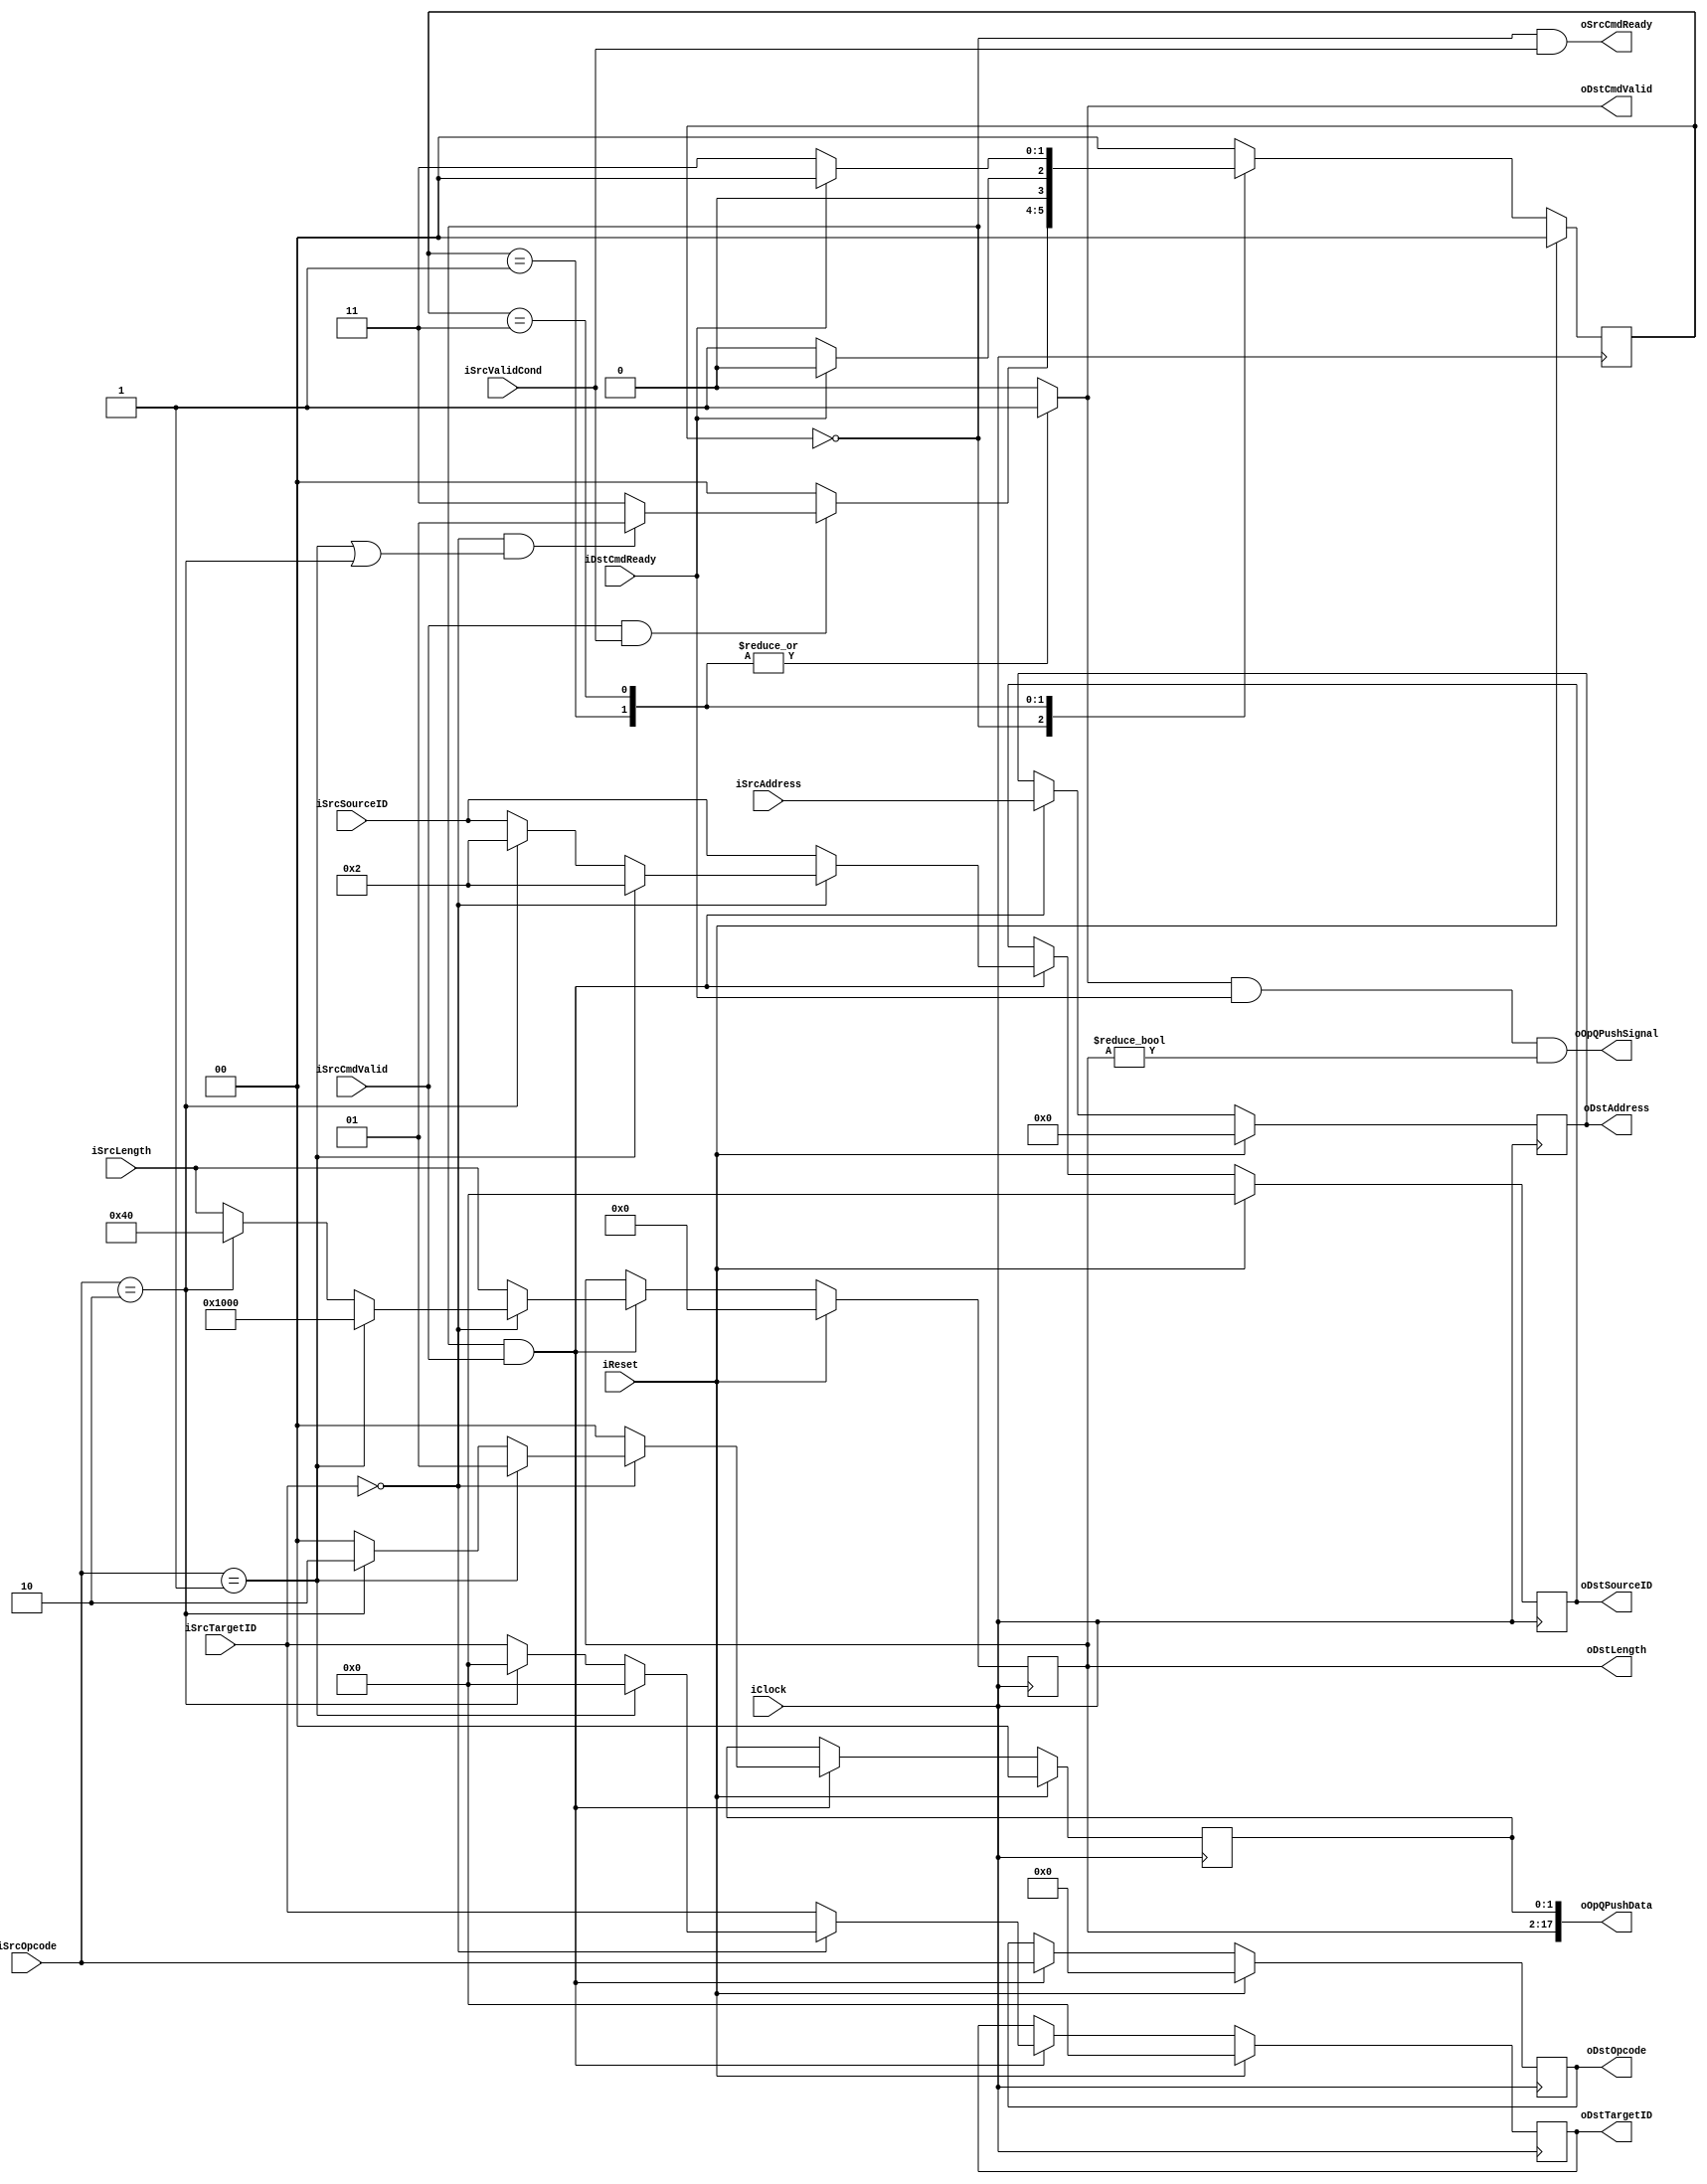
module BCHEncoderCommandChannel
#
(
    parameter AddressWidth          = 32    ,
    parameter DataWidth             = 32    ,
    parameter InnerIFLengthWidth    = 16    ,
    parameter ThisID                = 2
)
(
    iClock          ,
    iReset          ,
    iSrcOpcode      ,
    iSrcTargetID    ,
    iSrcSourceID    ,
    iSrcAddress     ,
    iSrcLength      ,
    iSrcCmdValid    ,
    oSrcCmdReady    ,
    oOpQPushSignal  ,
    oOpQPushData    ,
    oDstOpcode      ,
    oDstTargetID    ,
    oDstSourceID    ,
    oDstAddress     ,
    oDstLength      ,
    oDstCmdValid    ,
    iDstCmdReady    ,
    iSrcValidCond
);

    input                               iClock          ;
    input                               iReset          ;
    
    // Master side
    input   [5:0]                       iSrcOpcode      ;
    input   [4:0]                       iSrcTargetID    ;
    input   [4:0]                       iSrcSourceID    ;
    input   [AddressWidth - 1:0]        iSrcAddress     ;
    input   [InnerIFLengthWidth - 1:0]  iSrcLength      ;
    input                               iSrcCmdValid    ;
    output                              oSrcCmdReady    ;
    
    output                              oOpQPushSignal  ;
    output  [InnerIFLengthWidth+2-1:0]  oOpQPushData    ;
    
    // Slave side
    output  [5:0]                       oDstOpcode      ;
    output  [4:0]                       oDstTargetID    ;
    output  [4:0]                       oDstSourceID    ;
    output  [AddressWidth - 1:0]        oDstAddress     ;
    output  [InnerIFLengthWidth - 1:0]  oDstLength      ;
    output                              oDstCmdValid    ;
    input                               iDstCmdReady    ;
    
    input                               iSrcValidCond   ;
    
    reg     [5:0]                       rOpcode         ;
    reg     [4:0]                       rTargetID       ;
    reg     [4:0]                       rSourceID       ;
    reg     [AddressWidth - 1:0]        rAddress        ;
    reg     [InnerIFLengthWidth - 1:0]  rLength         ;
    reg                                 rDstCValid      ;
    
    reg     [1:0]                       rOpType         ;
    
    assign oDstOpcode       = rOpcode       ;
    assign oDstTargetID     = rTargetID     ;
    assign oDstSourceID     = rSourceID     ;
    assign oDstAddress      = rAddress      ;
    assign oDstLength       = rLength       ;
    assign oDstCmdValid     = rDstCValid    ;
    
    parameter   DispatchCmd_PageReadFromRAM     = 6'b000001 ;
    parameter   DispatchCmd_SpareReadFromRAM    = 6'b000010 ;
    
    localparam  PageSize    =   4096;
    localparam  SpareSize   =   64;
    
    localparam  State_Idle              = 2'b00;
    localparam  State_EncodeReq         = 2'b01;
    localparam  State_ForwardReq        = 2'b11;
    reg [1:0]   rCmdChCurState  ;
    reg [1:0]   rCmdChNextState ;
    
    always @ (posedge iClock)
        if (iReset)
            rCmdChCurState <= State_Idle;
        else
            rCmdChCurState <= rCmdChNextState;
    
    always @ (*)
        case (rCmdChCurState)
        State_Idle:
            if (iSrcCmdValid && iSrcValidCond)
            begin
                if (
                (iSrcTargetID == 0) &&
                ((iSrcOpcode == DispatchCmd_PageReadFromRAM) || (iSrcOpcode == DispatchCmd_SpareReadFromRAM))
                )
                    rCmdChNextState <= State_EncodeReq;
                else
                    rCmdChNextState <= State_ForwardReq;
            end
            else
                rCmdChNextState <= State_Idle;
        State_EncodeReq:
            rCmdChNextState <= (iDstCmdReady)?State_Idle:State_EncodeReq;
        State_ForwardReq:
            rCmdChNextState <= (iDstCmdReady)?State_Idle:State_ForwardReq;
        default:
            rCmdChNextState <= State_Idle;
        endcase
    
    assign oSrcCmdReady     = (rCmdChCurState == State_Idle) && (iSrcValidCond);
    
    assign oOpQPushData     = {rLength, rOpType};
    assign oOpQPushSignal   = oDstCmdValid && iDstCmdReady && (rLength != 0);
    
    always @ (posedge iClock)
        if (iReset)
        begin
            rOpcode     <= 6'b0;
            rTargetID   <= 5'b0;
            rSourceID   <= 5'b0;
            rAddress    <= {(AddressWidth){1'b0}};
            rLength     <= {(InnerIFLengthWidth){1'b0}};
            rOpType     <= 2'b0;
        end
        else
        begin
            if (rCmdChCurState == State_Idle && iSrcCmdValid)
            begin
                rOpcode     <= iSrcOpcode   ;
                rTargetID   <= iSrcTargetID ;
                rSourceID   <= iSrcSourceID ;
                rAddress    <= iSrcAddress  ;
                rLength     <= iSrcLength   ;
                rOpType     <= 2'b0         ;
                
                if (iSrcTargetID == 0)
                begin
                    if (iSrcOpcode == DispatchCmd_PageReadFromRAM)
                    begin
                        rOpcode     <= iSrcOpcode   ;
                        rTargetID   <= 5'b0         ;
                        rSourceID   <= ThisID       ;
                        rAddress    <= iSrcAddress  ;
                        rLength     <= PageSize     ;
                        rOpType     <= 2'b01        ;
                    end
                    else if (iSrcOpcode == DispatchCmd_SpareReadFromRAM)
                    begin
                        rOpcode     <= iSrcOpcode   ;
                        rTargetID   <= 5'b0         ;
                        rSourceID   <= ThisID       ;
                        rAddress    <= iSrcAddress  ;
                        rLength     <= SpareSize    ;
                        rOpType     <= 2'b10        ;
                    end
                end
            end
        end
    
    always @ (*)
        case (rCmdChCurState)
        State_EncodeReq:
            rDstCValid <= 1'b1;
        State_ForwardReq:
            rDstCValid <= 1'b1;
        default:
            rDstCValid <= 1'b0;
        endcase

endmodule